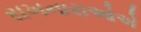
રાખનારાઓએ